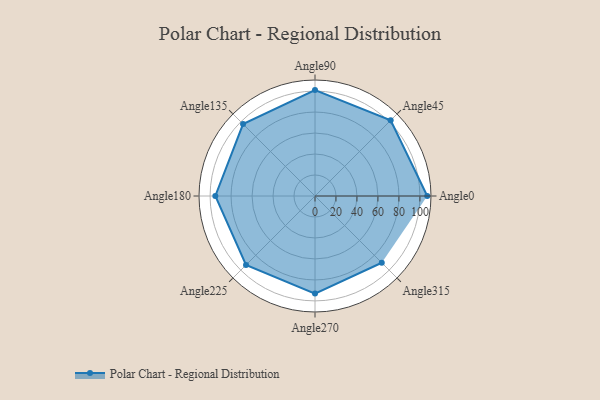
{"axis": {"x": "Angle", "y": "Radius"}, "legend": [""], "data": [{"x": "Angle0", "y": 107.0, "type": ""}, {"x": "Angle45", "y": 102.0, "type": ""}, {"x": "Angle90", "y": 101.0, "type": ""}, {"x": "Angle135", "y": 97.0, "type": ""}, {"x": "Angle180", "y": 95.0, "type": ""}, {"x": "Angle225", "y": 93.0, "type": ""}, {"x": "Angle270", "y": 93.0, "type": ""}, {"x": "Angle315", "y": 90.0, "type": ""}]}